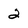
Character: 2